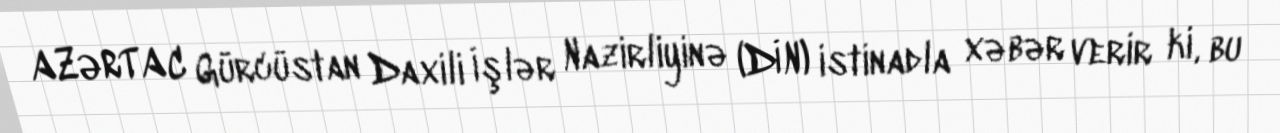
AZƏRTAC Gürcüstan Daxili İşlər Nazirliyinə (DİN) istinadla xəbər verir ki, bu